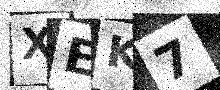
Text: XEK7